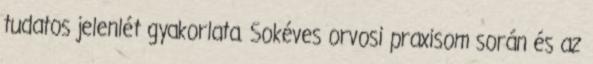
tudatos jelenlét gyakorlata. Sokéves orvosi praxisom során és az